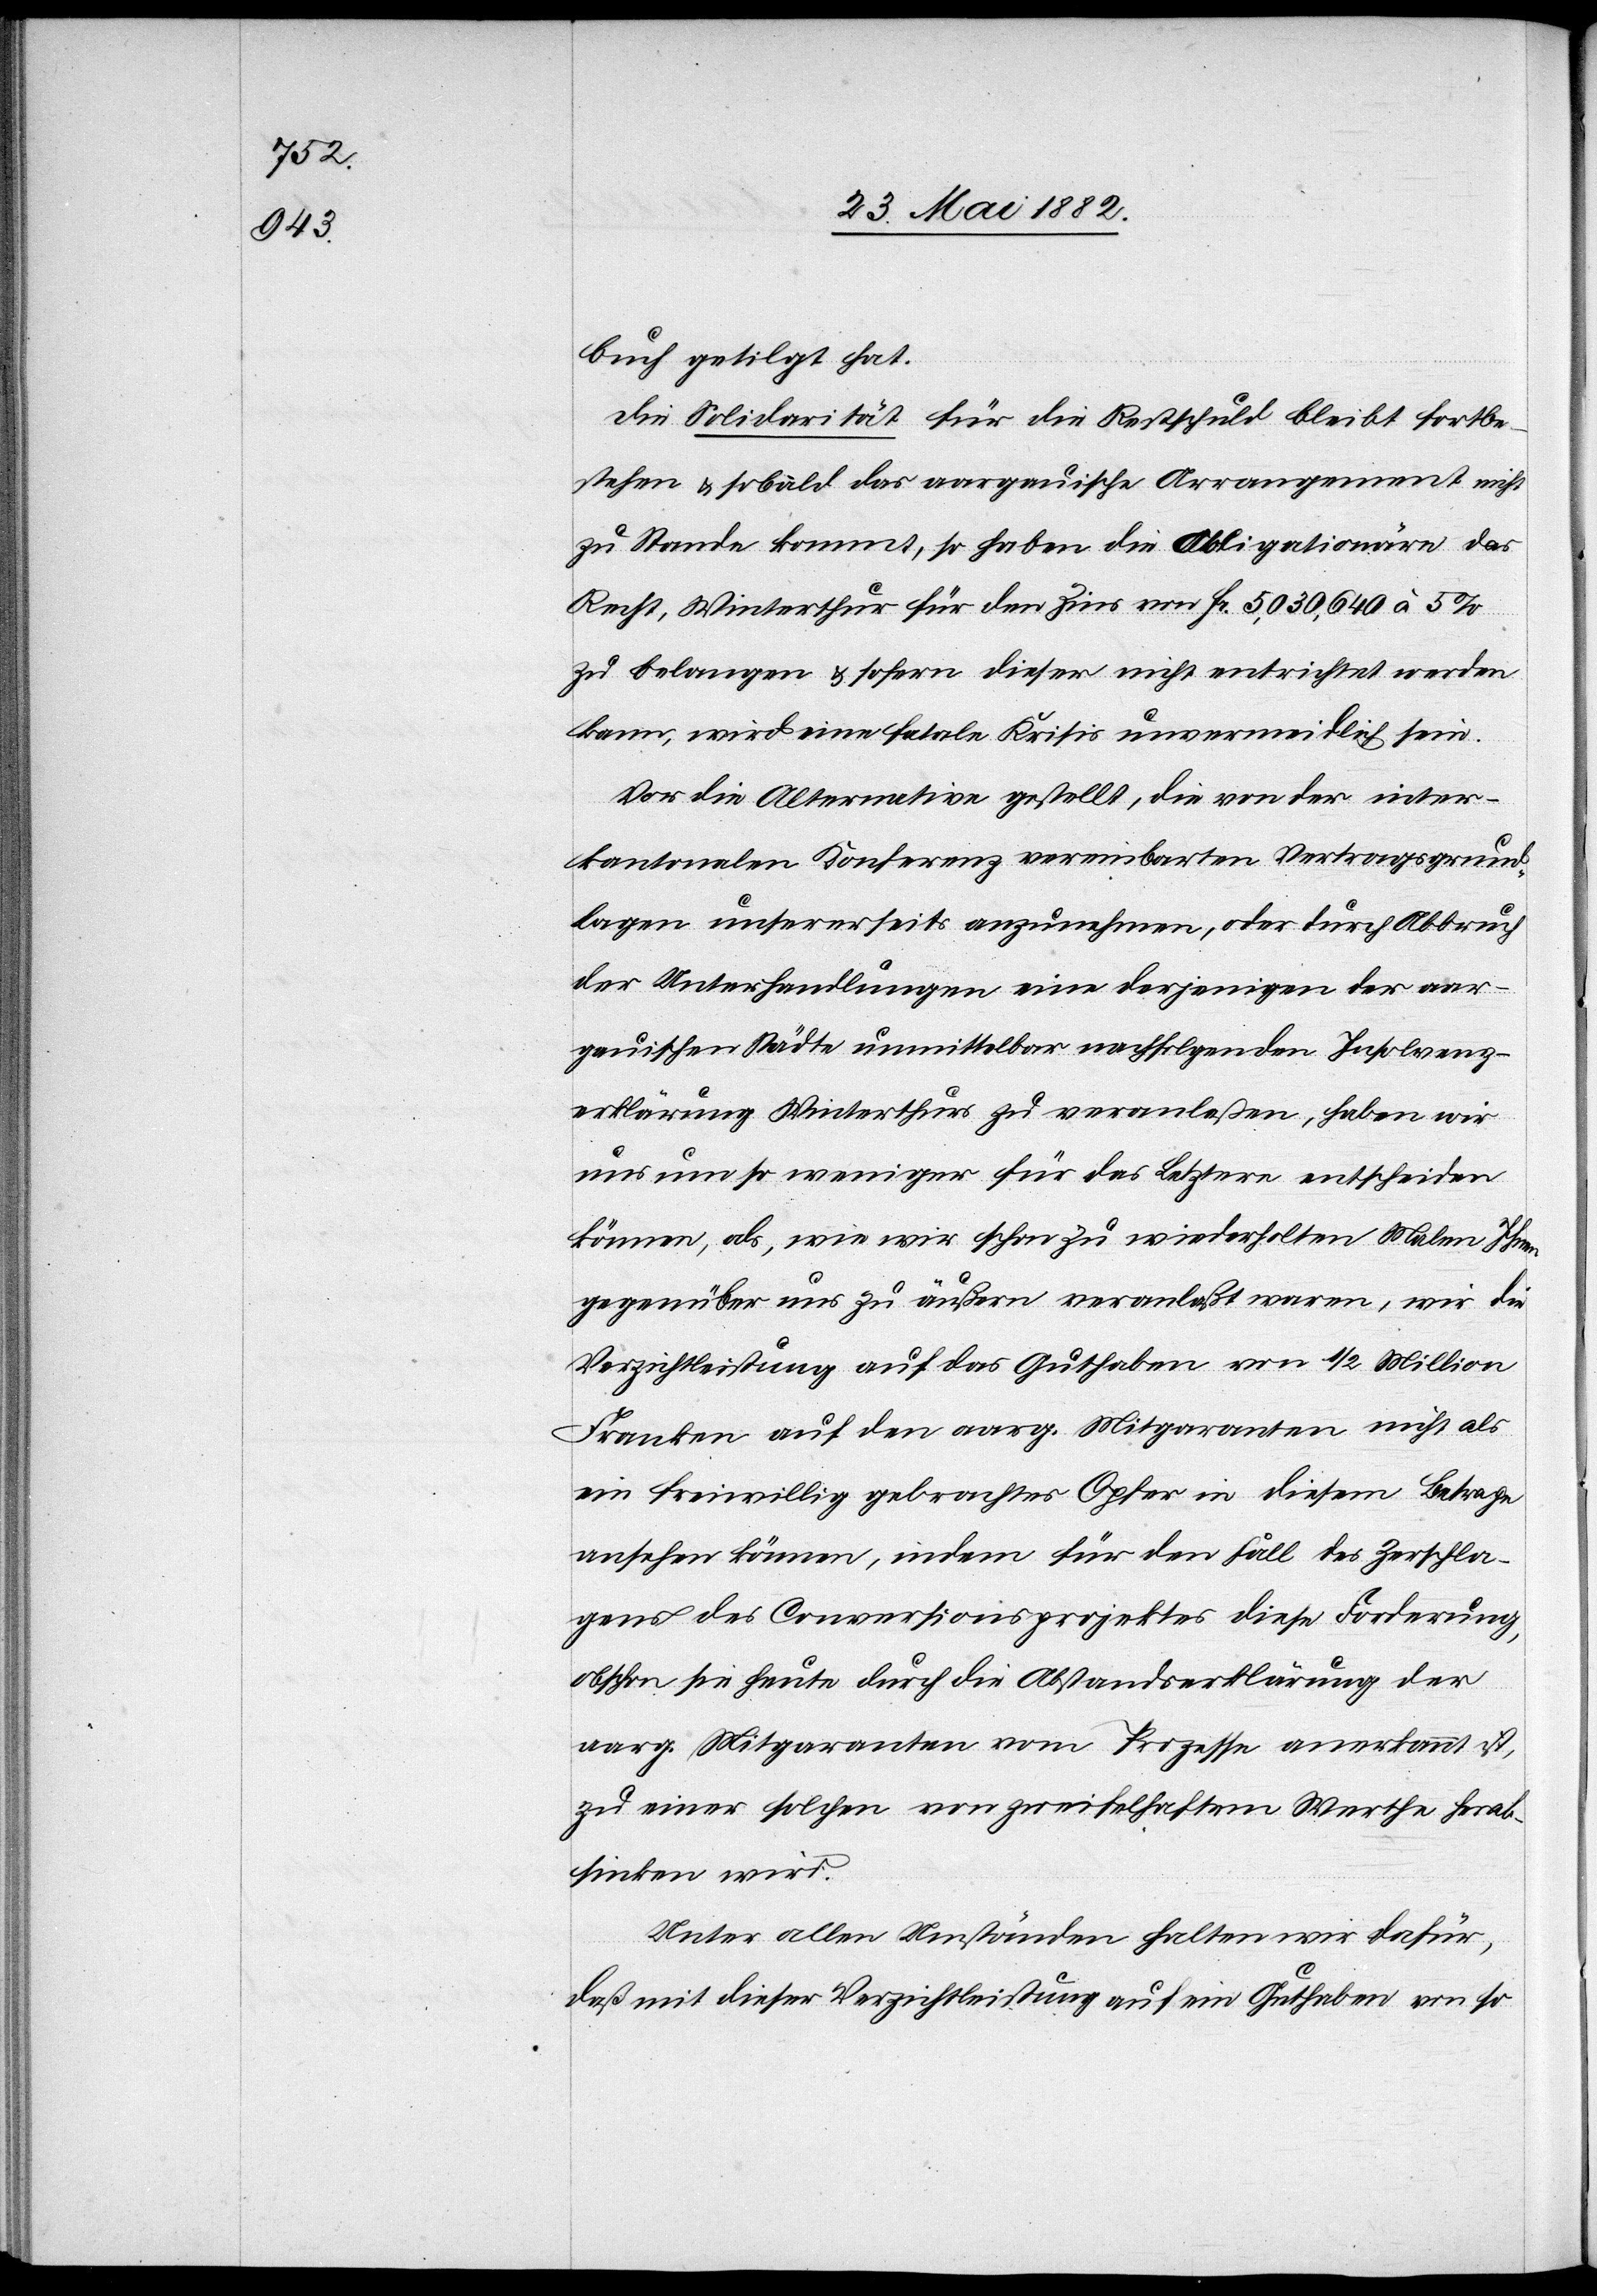
buch getilgt hat.
Die Solidarität für die Restschuld bleibt fortbe¬
stehen & sobald das aargauische Arrangement nicht
zu Stande kommt, so haben die Obligationäre das
Recht, Winterthur für den Zins von Fr. 5,030,640 à 5%
zu belangen & sofern dieser nicht entrichtet werden
kann, wird eine fatale Krisis unvermeidlich sein.
Vor die Alternative gestellt, die von der inter¬
kantonalen Konferenz vereinbarten Vertragsgrund¬
lagen unserseits anzunehmen, oder durch Abbruch
der Unterhandlungen eine derjenigen der aar¬
gauischen Städte unmittelbar nachfolgende Insolvenz¬
erklärung Winterthurs zu veranlaßen, haben wir
uns um so weniger für das Letztere entscheiden
können, als, wie wir schon zu wiederholten Malen Ihnen
gegenüber uns zu äußern veranlaßt waren, wir die
Verzichtleistung auf das Guthaben von 1/2 Millionen
Franken auf den aarg. Mitgaranten nicht als
ein freiwillig gebrachtes Opfer in diesem Betrage
ansehen können, indem für den Fall des Zerschla¬
gens des Conversionsprojektes diese Forderung,
obschon sie heute durch die Abstandserklärung der
aarg. Mitgaranten vom Prozesse anerkannt ist,
zu einer solchen von zweifelhaftem Werthe herab¬
sinken wird.
Unter allen Umständen halten wir dafür,
daß mit dieser Verzichtleistung auf ein Guthaben von so